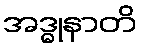
အဒ္ဓုနာတိ